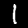
Label: 1